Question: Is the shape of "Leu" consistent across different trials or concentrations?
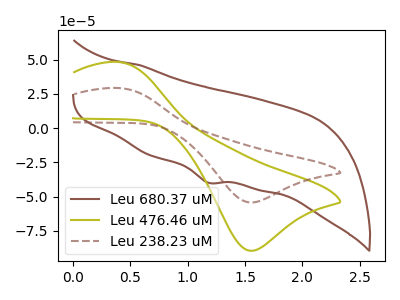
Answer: <think>The brown curve "Leu 680.37 uM" has a cathodic peak at: (1.20V, -39.90uA). The olive curve "Leu 476.46 uM" has an anodic peak at (0.40V, 48.35uA) and a cathodic peak at (1.55V, -89.55uA). The brown dashed curve "Leu 238.23 uM" has an anodic peak at (0.40V, 29.30uA) and a cathodic peak at (1.55V, -54.30uA).
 "Leu 680.37 uM" and "Leu 476.46 uM" have a different number of peaks. "Leu 680.37 uM" and "Leu 238.23 uM" have a different number of peaks. All the peaks in "Leu 476.46 uM" have a peak in "Leu 238.23 uM" at the same potential. Every peak in "Leu 476.46 uM" is higher than every peak in "Leu 238.23 uM".</think>
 <answer>All the CV's of "Leu" have similar shape.</answer>
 <eval>follow_rule</eval>